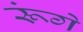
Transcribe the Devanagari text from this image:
रूंगे